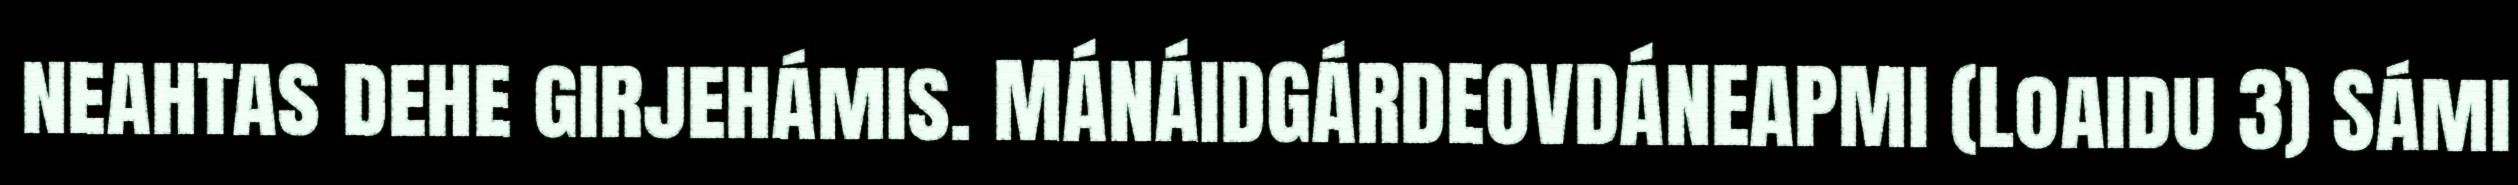
neahtas dehe girjehámis. MÁNÁIDGÁRDEOVDÁNEAPMI (Loaidu 3) Sámi